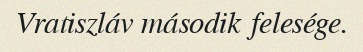
Vratiszláv második felesége.